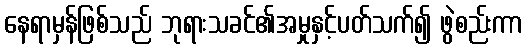
နေရာမှန်ဖြစ်သည် ဘုရားသခင်၏အမှုနှင့်ပတ်သက်၍ ဖွဲစည်းကာ